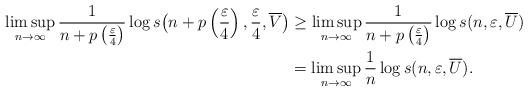
\begin{align*} \limsup_{n\to\infty}\frac{1}{n+p\left(\frac{\varepsilon}{4}\right)} \log s \big( n+p\left(\frac{\varepsilon}{4}\right),\frac{\varepsilon}{4}, \overline{V} \big)& \ge \limsup_{n\to\infty} \frac{1}{n+p\left(\frac{\varepsilon}{4}\right)}\log s(n,\varepsilon, \overline{U}) \\& = \limsup_{n\to\infty} \frac{1}{n}\log s(n,\varepsilon, \overline{U}).\end{align*}